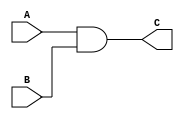
`timescale 1ns / 1ps
//////////////////////////////////////////////////////////////////////////////////
// Company: 
// Engineer: 
// 
// Design Name: 
// Module Name: experiment3
// Project Name: 
// Target Devices: 
// Tool Versions: 
// Description: 
// 
// Dependencies: 
// 
// Revision:
// Revision 0.01 - File Created
// Additional Comments:
// 
//////////////////////////////////////////////////////////////////////////////////
module and_gate(A,B,C);
    //Inputs
    input A,B;
    //Outputs
    output C;
    assign C = A&B;
endmodule

module and_gate3(A,B,C,OUT);
    //Inputs
    input A,B,C;
    //Outputs
    output OUT;
    assign OUT = A&B&C;
endmodule

module and_gate5(A,B,C,D,E,OUT);
    //Inputs
    input A,B,C,D,E;
    //Outputs
    output OUT;
    assign OUT = A&B&C&D&E;
endmodule

module or_gate(A,B,C);
    //Inputs
    input A,B;
    //Outputs
    output C;
    assign C = A | B;
endmodule

module or_gate6(A,B,C,D,E,F,OUT);
    //Inputs
    input A,B,C,D,E,F;
    //Outputs
    output OUT;
    assign OUT = A|B|C|D|E|F;
endmodule

module not_gate(A,B);
    //Inputs
    input A;
    //Outputs
    output B;
    assign B = ~A;
endmodule

module xor_gate(A,B,C);
    //Inputs
    input A,B;
    //Outputs
    output C;
    assign C = ~A&B | A&~B;
endmodule

module xor_gate_16bit(A,Cin,Output);
    //Inputs
    input [15:0] A;
    input Cin;
    //Outputs
    output [15:0] Output;

    xor_gate Sum(.A(A[0]),.B(Cin),.C(Output[0]));
    xor_gate Sum1(.A(A[1]),.B(Cin),.C(Output[1]));
    xor_gate Sum2(.A(A[2]),.B(Cin),.C(Output[2]));
    xor_gate Sum3(.A(A[3]),.B(Cin),.C(Output[3]));
    xor_gate Sum4(.A(A[4]),.B(Cin),.C(Output[4]));
    xor_gate Sum5(.A(A[5]),.B(Cin),.C(Output[5]));
    xor_gate Sum6(.A(A[6]),.B(Cin),.C(Output[6]));
    xor_gate Sum7(.A(A[7]),.B(Cin),.C(Output[7]));
    xor_gate Sum8(.A(A[8]),.B(Cin),.C(Output[8]));
    xor_gate Sum9(.A(A[9]),.B(Cin),.C(Output[9]));
    xor_gate Sum10(.A(A[10]),.B(Cin),.C(Output[10]));
    xor_gate Sum11(.A(A[11]),.B(Cin),.C(Output[11]));
    xor_gate Sum12(.A(A[12]),.B(Cin),.C(Output[12]));
    xor_gate Sum13(.A(A[13]),.B(Cin),.C(Output[13]));
    xor_gate Sum14(.A(A[14]),.B(Cin),.C(Output[14]));
    xor_gate Sum15(.A(A[15]),.B(Cin),.C(Output[15]));
    

endmodule

// Part2
module half_adder(A,B,C,S);
    //Inputs
    input A,B;
    
    //Outputs
    output C,S;
    
    //Intermediate Wires
        wire ANORB;
        wire AANDB;
    //S = A  B, C = A*B
    xor_gate Sum(.A(A),.B(B),.C(S));
    and_gate Carry(.A(A),.B(B),.C(C));
endmodule      
//Part3
module full_adder(A,B,Cin,Cout,S);
    //Inputs
    input A,B,Cin;
    
    //Outputs
    output Cout,S;

    //Intermediate Wires
    wire HA1S;
    wire HA1C;
    wire HA2C;
    
    // S = A  B  Cin, Cout = A*B + Cin(A  B)
    half_adder HA1(.A(A), .B(B), .C(HA1C), .S(HA1S));
    half_adder HA2(.A(HA1S), .B(Cin), .C(HA2C), .S(S));
    or_gate X(.A(HA1C), .B(HA2C), .C(Cout));
 endmodule

//Part4  
module four_bit_full_adder(A,B,Cin,Cout,S);
    //Inputs
    input [3:0] A;
    input [3:0] B;
    input Cin;
    //Outputs
    output [3:0] S;    
    output Cout;
    
    //Intermediate Wires
    wire [2:0] Carries;
    
    //four-bit-adder
    full_adder first(.A(A[0]),.B(B[0]),.Cin(Cin),.Cout(Carries[0]),.S(S[0]));
    full_adder second(.A(A[1]),.B(B[1]),.Cin(Carries[0]),.Cout(Carries[1]),.S(S[1]));
    full_adder third(.A(A[2]),.B(B[2]),.Cin(Carries[1]),.Cout(Carries[2]),.S(S[2]));
    full_adder fourth(.A(A[3]),.B(B[3]),.Cin(Carries[2]),.Cout(Cout),.S(S[3]));
endmodule

//Part5
module sixteen_bit_full_adder(A,B,Cin,Cout,S);
    input [15:0] A;
    input [15:0] B;
    input Cin;
    //Outputs
    output [15:0] S;    
    output Cout;
    
    //Intermediate Wires
        wire [2:0] Carries;
    
    //four-bit-adder
   four_bit_full_adder first(.A(A[3:0]),.B(B[3:0]),.Cin(Cin),.Cout(Carries[0]),.S(S[3:0]));
   four_bit_full_adder second(.A(A[7:4]),.B(B[7:4]),.Cin(Carries[0]),.Cout(Carries[1]),.S(S[7:4]));
   four_bit_full_adder third(.A(A[11:8]),.B(B[11:8]),.Cin(Carries[1]),.Cout(Carries[2]),.S(S[11:8]));
   four_bit_full_adder fourth(.A(A[15:12]),.B(B[15:12]),.Cin(Carries[2]),.Cout(Cout),.S(S[15:12]));
endmodule

//part6
module sixteen_bit_full_adder_subtractor(A,B,Cin,Cout,Output,S,flag);
    input [15:0] A;
    input [15:0] B;
    input Cin;
    input S;
    //Outputs
    output [15:0] Output;    
    output Cout;
    output flag;

    //Intermediate Wires
    wire Carries;
    wire [15:0]B_xor;
    wire NOTA;
    wire NOTB;
    wire NOTS;
    wire NOTCOUT;
    wire NOTCIN;
    wire NOTOUTPUT;
    wire and1;
    wire and2;
    wire and3;
    wire and4;
    wire and5;
    wire and6;
    

    xor_gate_16bit xor1(B[15:0],Cin,B_xor[15:0]);
    
     //four-bit-adder
    sixteen_bit_full_adder first(.A(A[15:0]),.B(B_xor[15:0]),.Cin(Cin),.Cout(Cout),.S(Output[15:0]));

    not_gate not1(A[15],NOTA);
    not_gate not2(B[15],NOTB);
    not_gate not3(S,NOTS);
    not_gate not4(Cout,NOTCOUT);
    not_gate not5(Cin,NOTCIN);
    not_gate not6(Output[15],NOTOUTPUT);

    and_gate3 and11(NOTS,NOTCIN,Cout,and1);
    and_gate3 and12(NOTS,Cin,NOTCOUT,and2);
    and_gate5 and13(S,NOTCIN,NOTA,NOTB,Output[15],and3);
    and_gate5 and14(S,NOTCIN,A[15],B[15],NOTOUTPUT,and4);
    and_gate5 and15(S,Cin,NOTA,B[15],Output[15],and5);
    and_gate5 and16(S,Cin,A[15],NOTB,NOTOUTPUT,and6);
    or_gate6 or1(and1,and2,and3,and4,and5,and6,flag);

endmodule


module part7(A,B,Cout,Output);
    input [15:0] A;
    input [15:0] B;
    //Outputs
    output [15:0] Output;    
    output Cout;
   
    //Intermediate Wires
    wire Carries1;
    wire Carries2;
    wire Csub = 1'b1;
    wire Cadd = 1'b0;
    wire [15:0] AB; 
    wire [15:0] AABB; 
    wire flag;
    wire CARRY1NOT;

    
     //four-bit-adder
    sixteen_bit_full_adder_subtractor first(.A(A[15:0]),.B(B[15:0]),.Cin(Csub),.Cout(Carries1),.Output(AB[15:0]),.flag(flag));
    not_gate NOT1(Carries1, CARRY1NOT);
    sixteen_bit_full_adder second(.A(AB[15:0]),.B(AB[15:0]),.Cin(CARRY1NOT),.Cout(Carries2),.S(AABB[15:0]));
    sixteen_bit_full_adder third(.A(A[15:0]),.B(AABB[15:0]),.Cin(Carries2),.Cout(Cout),.S(Output[15:0]));

endmodule

module experiment3 (A,B,M,N,Cin,X,Y,Sign,flag,halfadderout,halfadderoutput,fulladderout,fulladderoutput,fourbitadderout,fourbitoutput,sixteenOut,sixteenOutput,sixteensubtOut,sixteensubtOutput,part7Out,part7Output);

    input [15:0] A;
    input [15:0] B;
    input X,Y,Cin; //Half adder
    input [3:0] M;
    input [3:0] N;
    input Sign;
    
    output flag;
    output halfadderout;
    output halfadderoutput;
    output fulladderout;
    output fulladderoutput;
    output fourbitadderout;
    output [3:0]fourbitoutput;
    output sixteenOut;
    output [15:0] sixteenOutput;
    output sixteensubtOut;
    output [15:0] sixteensubtOutput;
    output part7Out;
    output [15:0] part7Output;

    half_adder halfadder(X,Y,halfadderout,halfadderoutput);
    full_adder full_adder(X,Y,Cin,fulladderout,fulladderoutput);
    four_bit_full_adder four_bit_full_adder(M,N,Cin,fourbitadderout,fourbitoutput);
    sixteen_bit_full_adder sixteen_bit_full_adder(A,B,Cin,sixteenOut,sixteenOutput);
    sixteen_bit_full_adder_subtractor sixteen_bit_full_adder_subtractor(A,B,Cin,sixteensubtOut,sixteensubtOutput,Sign,flag);
    part7 part7(A,B,part7Out,part7Output);
    
endmodule